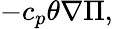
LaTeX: -c_{p}\theta\nabla\Pi,